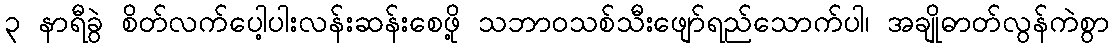
၃ နာရီခွဲ စိတ်လက်ပေါ့ပါးလန်းဆန်းစေဖို့ သဘာဝသစ်သီးဖျော်ရည်သောက်ပါ၊ အချိုဓာတ်လွန်ကဲစွာ